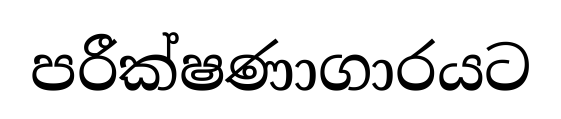
පරීක්ෂණාගාරයට